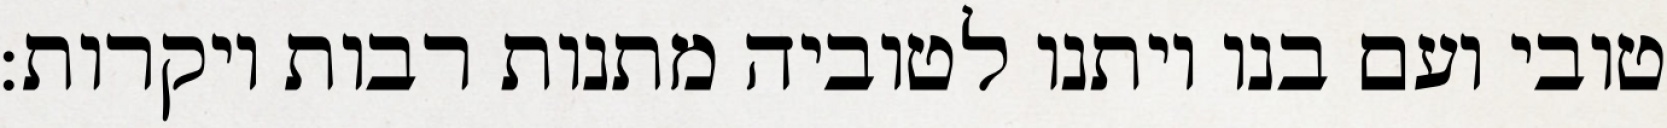
טובי ועם בנו ויתנו לטוביה מתנות רבות ויקרות: